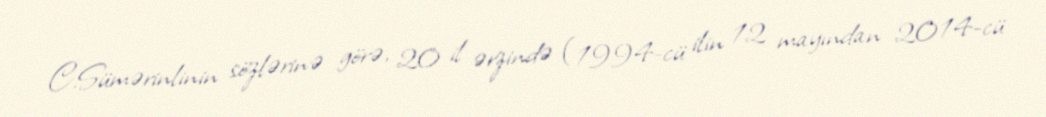
C.Sümərinlinin sözlərinə görə, 20 il ərzində (1994-cü ilin 12 mayından 2014-cü